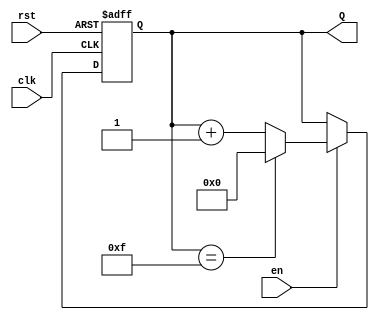
module up_counter (
    input wire clk,       // Clock input
    input wire en,        // Enable input
    input wire rst,       // Reset input (active high)
    output reg [3:0] Q    // 4-bit counter output
);

    // Always block triggered on the rising edge of the clock
    always @(posedge clk or posedge rst) begin
        if (rst) begin
            Q <= 4'b0000; // Reset the counter to 0
        end else if (en) begin
            if (Q == 4'b1111) begin
                Q <= 4'b0000; // Wrap around to 0
            end else begin
                Q <= Q + 1; // Increment the counter
            end
        end
    end

endmodule